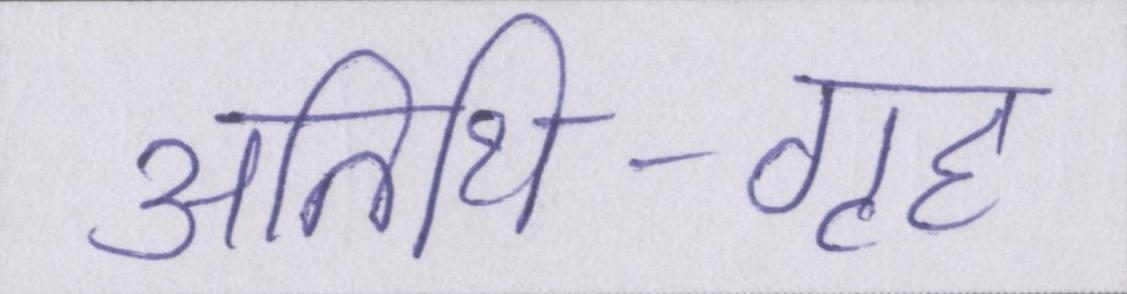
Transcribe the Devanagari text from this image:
अतिथि-गृह